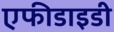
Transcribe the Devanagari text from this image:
एफीडाइडी